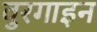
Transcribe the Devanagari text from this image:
वुरगाइन